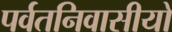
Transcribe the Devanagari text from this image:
पर्वतनिवासीयों